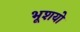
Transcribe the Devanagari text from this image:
भूशयो